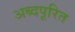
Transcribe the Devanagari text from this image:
अब्दपूरित